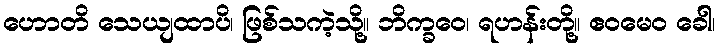
ဟောတိ သေယျထာပိ၊ ဖြစ်သကဲ့သို့။ ဘိက္ခဝေ၊ ရဟန်းတို့။ ဧဝမေဝ ခေါ၊